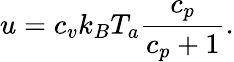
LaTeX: u=c_{v}k_{B}T_{a}{\frac{c_{p}}{c_{p}+1}}.